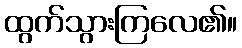
ထွက်သွားကြလေ၏။